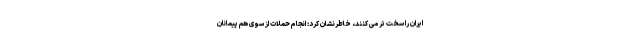
ایران را سخت تر می کنند، خاطرنشان کرد: انجام حملات از سوی هم پیمانان